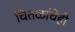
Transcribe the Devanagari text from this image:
चितळांचेही